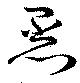
烝